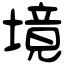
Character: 境